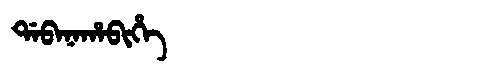
Manchu: ᡩᠠᠪᠠᠨᠠᡥᠠᠪᡳᡥᡝ
Romanization: DABANAHABIHE